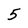
Character: 5